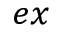
_ { e x }